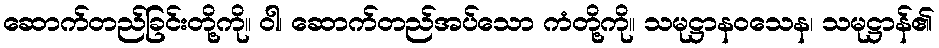
ဆောက်တည်ခြင်းတို့ကို။ ဝါ၊ ဆောက်တည်အပ်သော ကံတို့ကို။ သမုဋ္ဌာနဝသေန၊ သမုဋ္ဌာန်၏